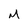
Character: M